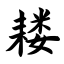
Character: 耧